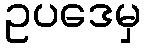
ဥပဒေမှ